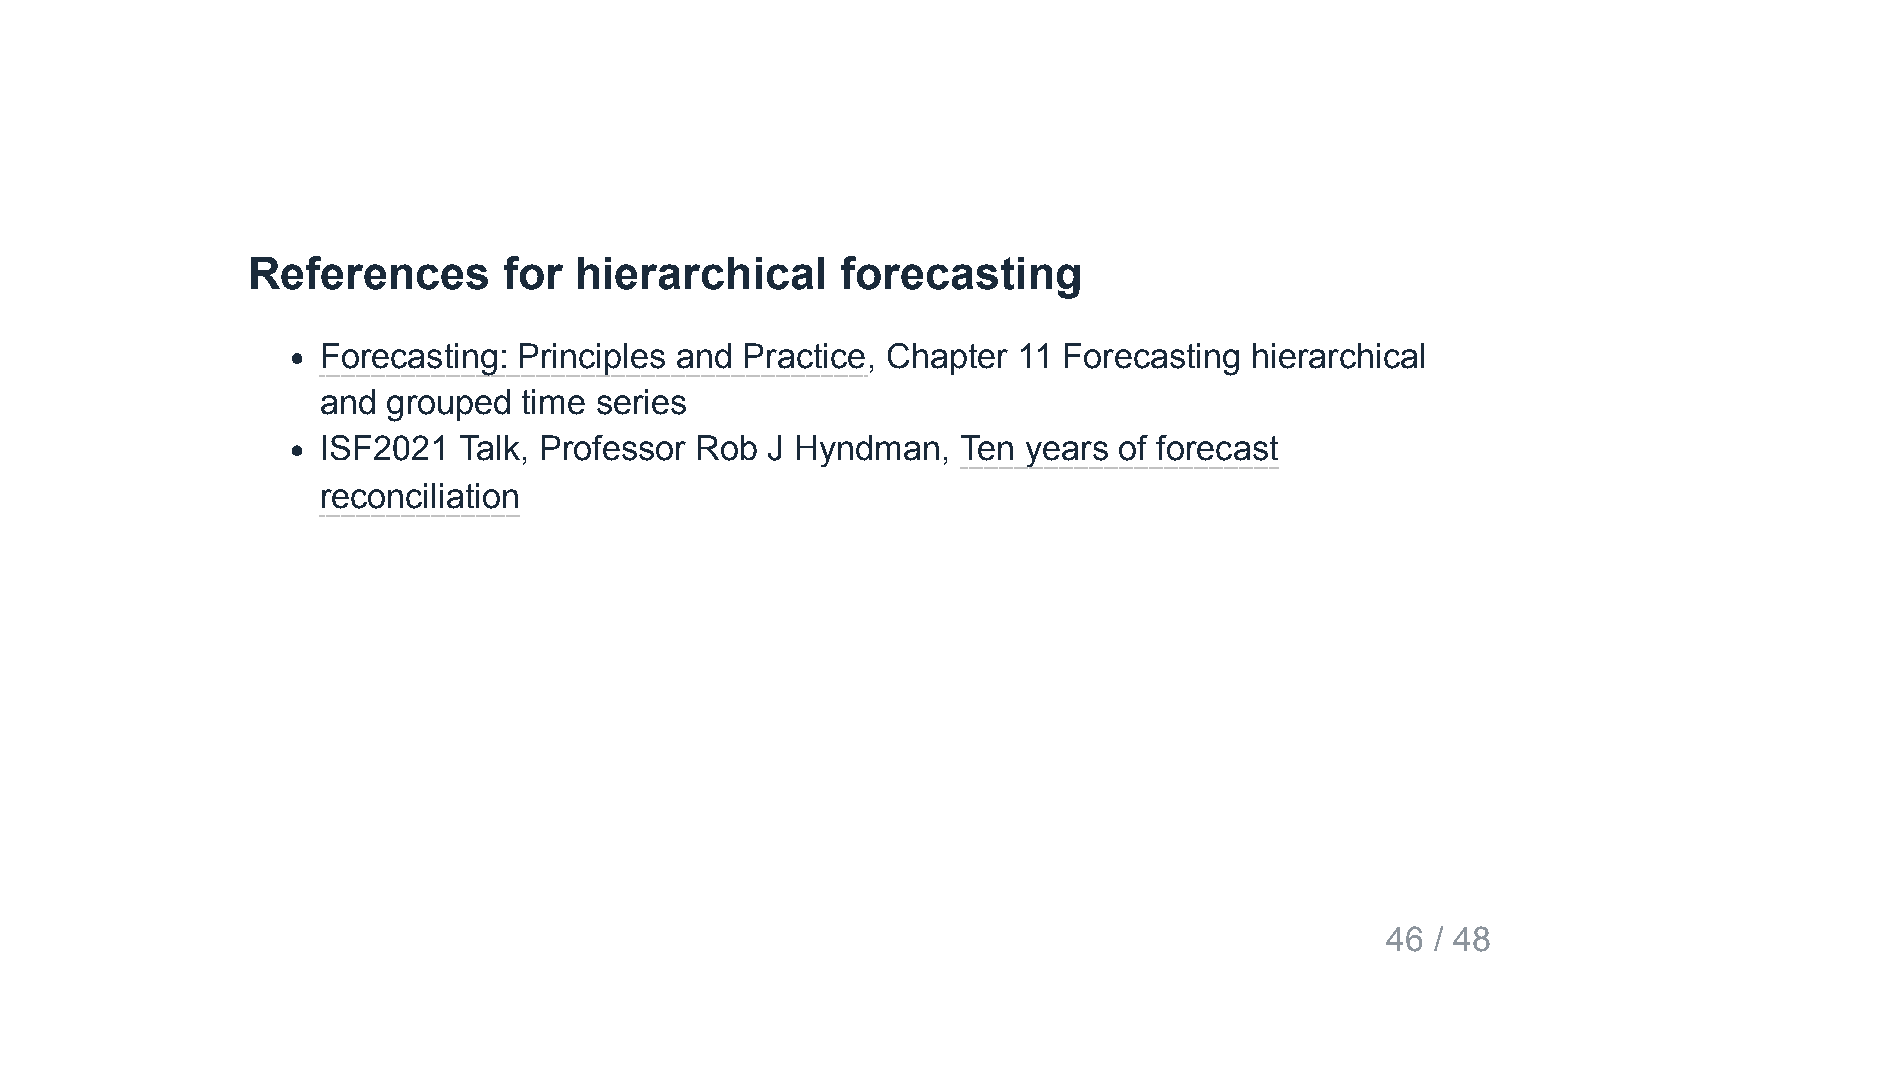
References       for  hierarchical      forecasting
 Forecasting: Principles and Practice, Chapter 11 Forecasting  hierarchical
 and  grouped  time series
 ISF2021  Talk, Professor Rob  J Hyndman,   Ten years of forecast
 reconciliation
 46 / 48